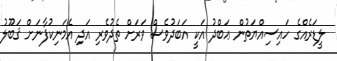
ލީޑަރެއްގެ ހައިސިއްޔަތުން ޢަބްދު އަކީ އަބަދުވެސް ވަރަށް ތެދުވެރި އަދި އެމަނިކުފާނަށް ޤަބޫލު